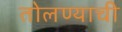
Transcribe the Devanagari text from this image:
तोलण्याची